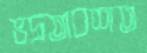
ভদ্রতাবশত